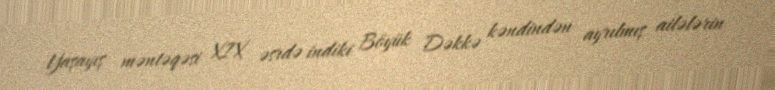
Yaşayış məntəqəsi XIX əsrdə indiki Böyük Dəkkə kəndindən ayrılmış ailələrin